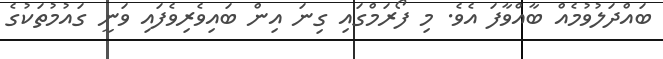
ބައްދަލުވުމެއް ބާއްވާފަ އެވެ. މި ފޯރަމްގައި ގިނަ އިން ބައިވެރިވެފައި ވަނީ ގައުމުތަކުގެ